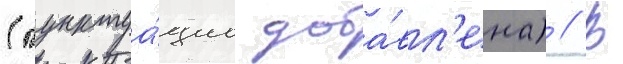
(пунктуа́циа доба́вл'ена) // В